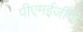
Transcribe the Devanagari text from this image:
पीएमईजीपी